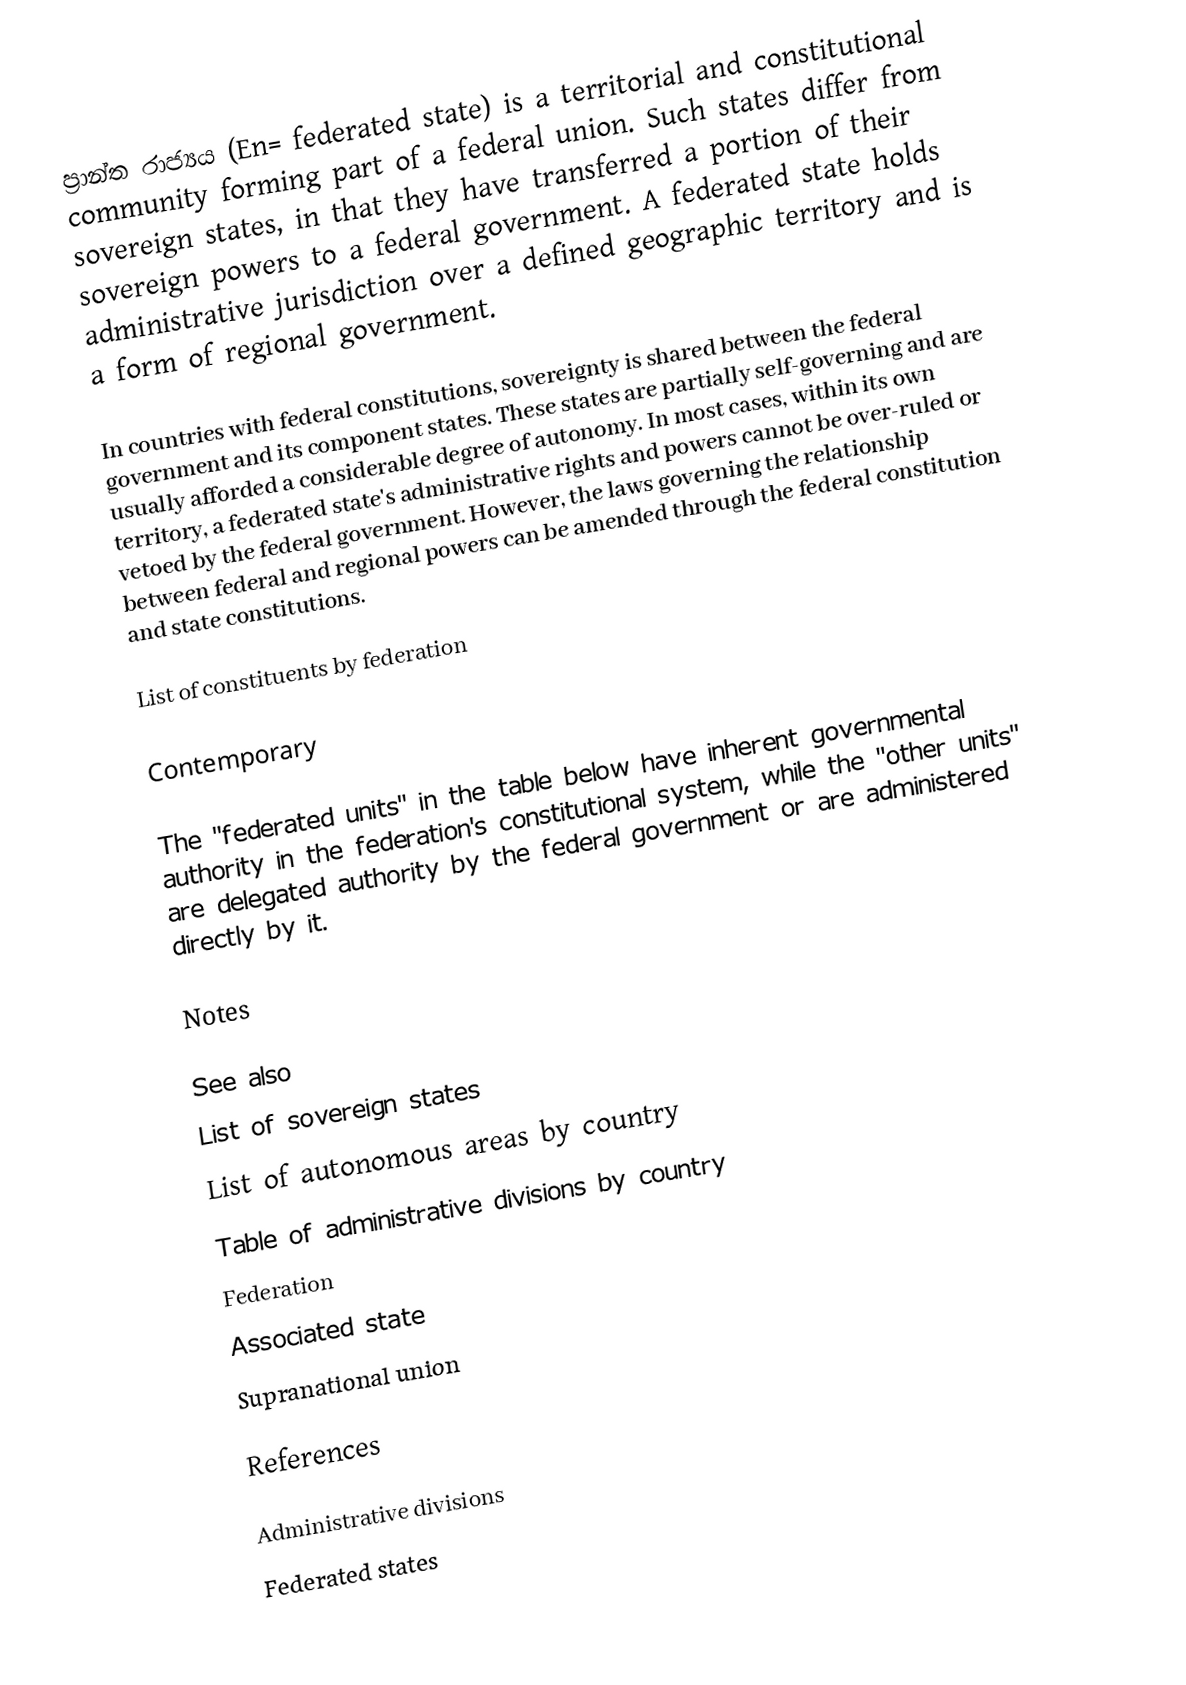
ප්‍රාන්ත රාජ්‍යය (En= federated state) is a territorial and constitutional community forming part of a federal union. Such states differ from sovereign states, in that they have transferred a portion of their sovereign powers to a federal government. A federated state holds administrative jurisdiction over a defined geographic territory and is a form of regional government.

In countries with federal constitutions, sovereignty is shared between the federal government and its component states. These states are partially self-governing and are usually afforded a considerable degree of autonomy. In most cases, within its own territory, a federated state's administrative rights and powers cannot be over-ruled or vetoed by the federal government. However, the laws governing the relationship between federal and regional powers can be amended through the federal constitution and state constitutions.

List of constituents by federation

Contemporary

The "federated units" in the table below have inherent governmental authority in the federation's constitutional system, while the "other units" are delegated authority by the federal government or are administered directly by it.

 Notes

See also
List of sovereign states
List of autonomous areas by country
Table of administrative divisions by country
Federation
Associated state
Supranational union

References

Administrative divisions
Federated states